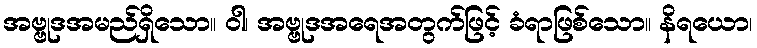
အဗ္ဗုဒအမည်ရှိသော။ ဝါ၊ အဗ္ဗုဒအရေအတွက်ဖြင့် ခံရာဖြစ်သော။ နိရယော၊